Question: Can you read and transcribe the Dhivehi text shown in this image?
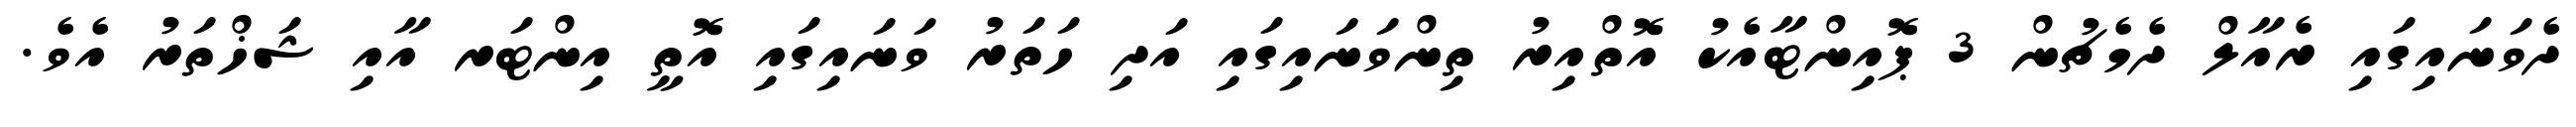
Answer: ދެވަނައިގައި ރެއާލް ދެމެޗުން 3 ޕޮއިންޓާއެކު އޮތްއިރު ތިންވަނައިގައި އަދި ހަތަރު ވަނައިގައި އޮތީ އިންޓަރ އާއި ޝަޚްތަރު އެވެ.